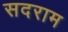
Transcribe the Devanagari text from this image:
सदराम